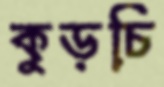
কুড়চি